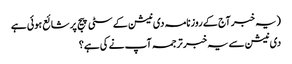
(یہ خبر آج کے روزنامہ دی نیشن کے سٹی پیج پر شائع ہوئی ہے
دی نیشن سے یہ خبر ترجمہ آپ نے کی ہے؟